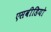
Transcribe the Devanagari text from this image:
एसवीडियो